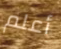
أعلم